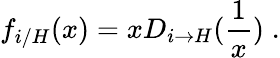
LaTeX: f_{i/H}(x)=xD_{i\to H}({\frac{1}{x}})\; .